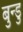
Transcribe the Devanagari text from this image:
बुन्डु